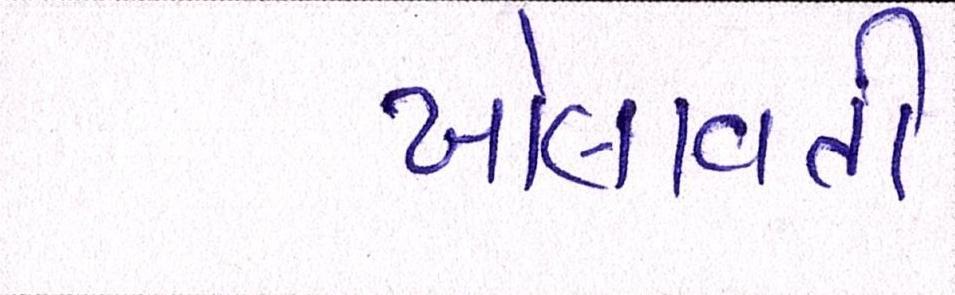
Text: ખોલાવતી